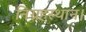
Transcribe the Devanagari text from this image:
निग्रहस्थान।